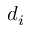
d _ { i }